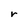
Character: r